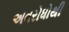
અવરોધોથી